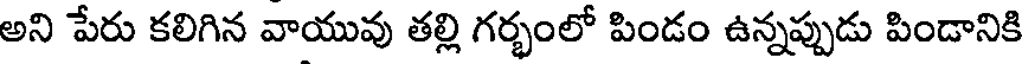
అని పేరు కలిగిన వాయువు తల్లి గర్భంలో పిండం ఉన్నప్పుడు పిండానికి